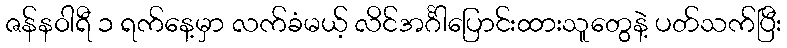
ဇန်နဝါရီ ၁ ရက်နေ့မှာ လက်ခံမယ့် လိင်အင်္ဂါပြောင်းထားသူတွေနဲ့ ပတ်သက်ပြီး